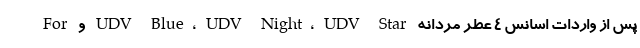
پس از واردات اسانس 4 عطر مردانه UDV Blue، UDV Night، UDV Star و For